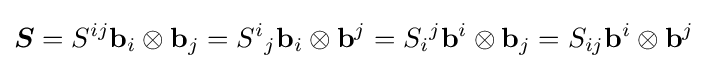
{\boldsymbol {S}}=S^{ij}\mathbf {b} _{i}\otimes \mathbf {b} _{j}=S^{i}{}_{j}\mathbf {b} _{i}\otimes \mathbf {b} ^{j}=S_{i}{}^{j}\mathbf {b} ^{i}\otimes \mathbf {b} _{j}=S_{ij}\mathbf {b} ^{i}\otimes \mathbf {b} ^{j}